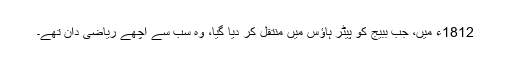
1812ء میں، جب ببیج کو پیٹر ہاؤس میں منتقل کر دیا گیا، وہ سب سے اچھے ریاضی دان تھے۔